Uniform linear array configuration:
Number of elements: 48
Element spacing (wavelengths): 1
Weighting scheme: kaiser
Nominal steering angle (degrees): -30
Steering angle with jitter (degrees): -28.006
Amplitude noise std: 0.05
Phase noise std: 0.05

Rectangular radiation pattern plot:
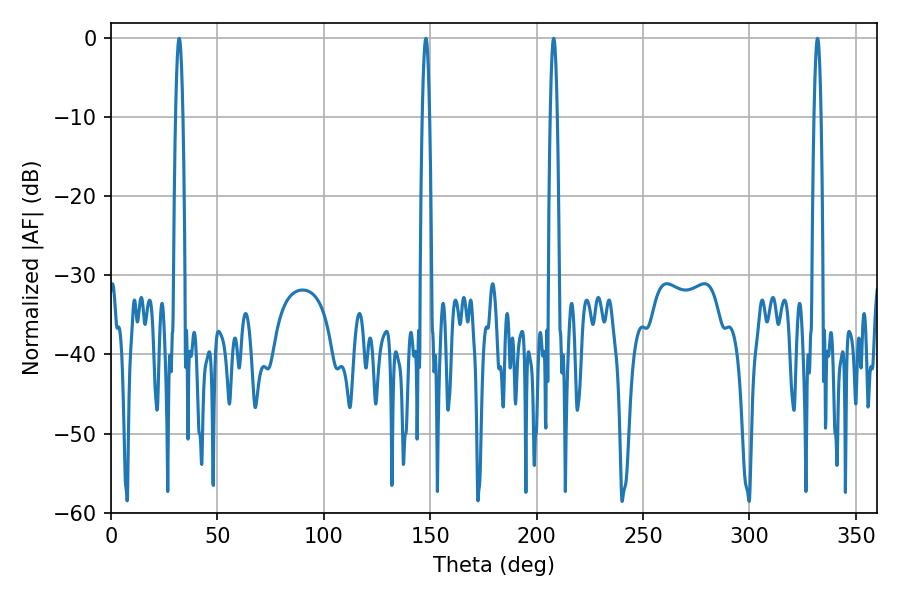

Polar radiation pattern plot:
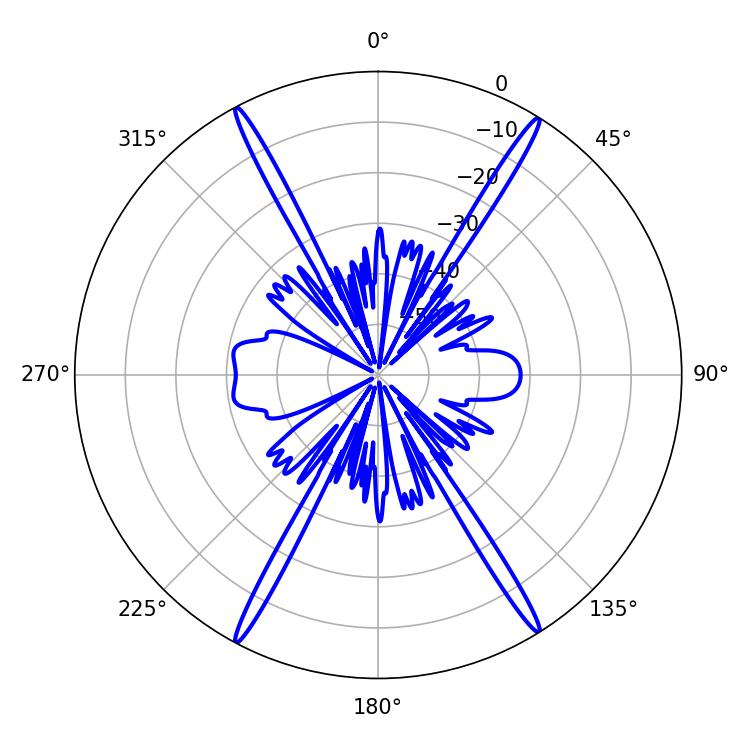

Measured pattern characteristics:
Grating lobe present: TRUE
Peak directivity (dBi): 25.567
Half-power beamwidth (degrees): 1.8
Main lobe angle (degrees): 32.04